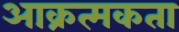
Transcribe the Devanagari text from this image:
आक्रत्मकता